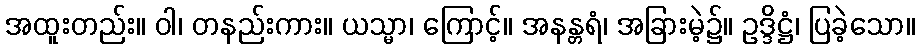
အထူးတည်း။ ဝါ၊ တနည်းကား။ ယသ္မာ၊ ကြောင့်။ အနန္တရံ၊ အခြားမဲ့၌။ ဥဒ္ဒိဋ္ဌံ၊ ပြခဲ့သော။